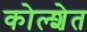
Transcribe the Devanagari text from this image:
कोल्शेत